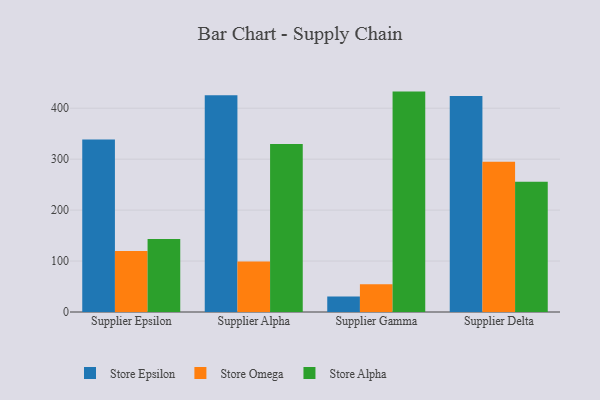
{"axis": {"x": "Supplier", "y": "Waste Production (Tons)"}, "legend": ["Store Alpha", "Store Epsilon", "Store Omega"], "data": [{"x": "Supplier Epsilon", "y": 338.4, "type": "Store Epsilon"}, {"x": "Supplier Epsilon", "y": 119.7, "type": "Store Omega"}, {"x": "Supplier Epsilon", "y": 143.4, "type": "Store Alpha"}, {"x": "Supplier Alpha", "y": 425.3, "type": "Store Epsilon"}, {"x": "Supplier Alpha", "y": 99.2, "type": "Store Omega"}, {"x": "Supplier Alpha", "y": 329.6, "type": "Store Alpha"}, {"x": "Supplier Gamma", "y": 30.6, "type": "Store Epsilon"}, {"x": "Supplier Gamma", "y": 54.5, "type": "Store Omega"}, {"x": "Supplier Gamma", "y": 432.6, "type": "Store Alpha"}, {"x": "Supplier Delta", "y": 423.9, "type": "Store Epsilon"}, {"x": "Supplier Delta", "y": 295.0, "type": "Store Omega"}, {"x": "Supplier Delta", "y": 255.6, "type": "Store Alpha"}]}